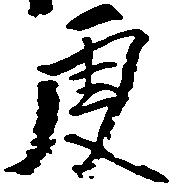
庚